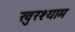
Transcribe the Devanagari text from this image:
खुरश्याम